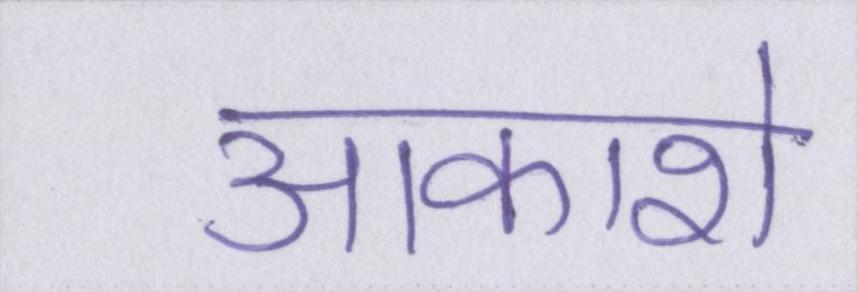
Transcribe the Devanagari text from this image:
आकाशे